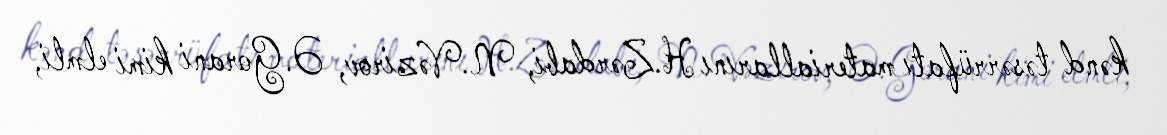
kənd təsərrüfatı materiallarını H.Zərdabi, N.Vəzirov, Ə.Gorani kimi elmli,